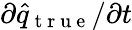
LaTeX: \partial{}\hat{q}_{\mathrm{~t~r~u~e~}}/\partial{}t